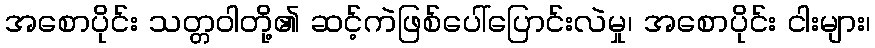
အစောပိုင်း သတ္တဝါတို့၏ ဆင့်ကဲဖြစ်ပေါ်ပြောင်းလဲမှု၊ အစောပိုင်း ငါးများ၊